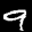
Label: 9